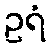
ဥရံ